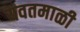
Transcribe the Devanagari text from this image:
यवतमाळी